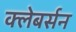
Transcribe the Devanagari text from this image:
क्लेबर्सन